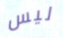
ليس